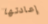
إعادتها